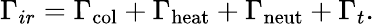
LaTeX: \Gamma_{ir}=\Gamma_{\mathrm{col}}+\Gamma_{\mathrm{heat}}+\Gamma_{\mathrm{neut}}+\Gamma_{t}.